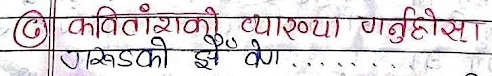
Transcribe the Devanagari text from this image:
(ढ) कवितांशको व्याख्या गर्नुहोस्।
दाखको झैं वेग............